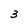
Character: 3